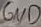
Text: GND